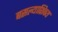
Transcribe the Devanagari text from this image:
बसल्याशिवय